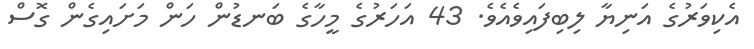
އެކިވަރުގެ އަނިޔާ ލިބިފައިވެއެވެ. 43 އަހަރުގެ މީހާގެ ބަނޑުން ހަން މަށައިގެން ގޮސް